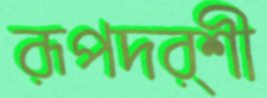
রূপদর্শী